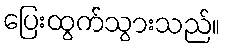
ပြေးထွက်သွားသည်။